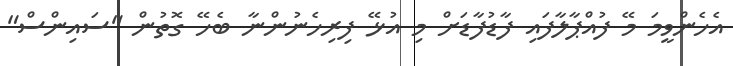
އެހެންވީމަ މޭ ފުއްޕާލާފައި ފާޑުފާޑަށް މި އުޅޭ ފިރިހެނުންނާ ބެހޭ ގޮތުން "ސައިންސް"